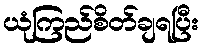
ယုံကြည်စိတ်ချရပြီး